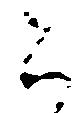
被